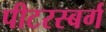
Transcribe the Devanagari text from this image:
पीटरस्बर्ग